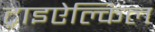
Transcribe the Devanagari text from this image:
ट्राइऐल्किल